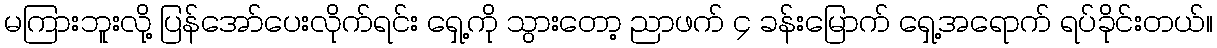
မကြားဘူးလို့ ပြန်အော်ပေးလိုက်ရင်း ရှေ့ကို သွားတော့ ညာဖက် ၄ ခန်းမြောက် ရှေ့အရောက် ရပ်ခိုင်းတယ်။